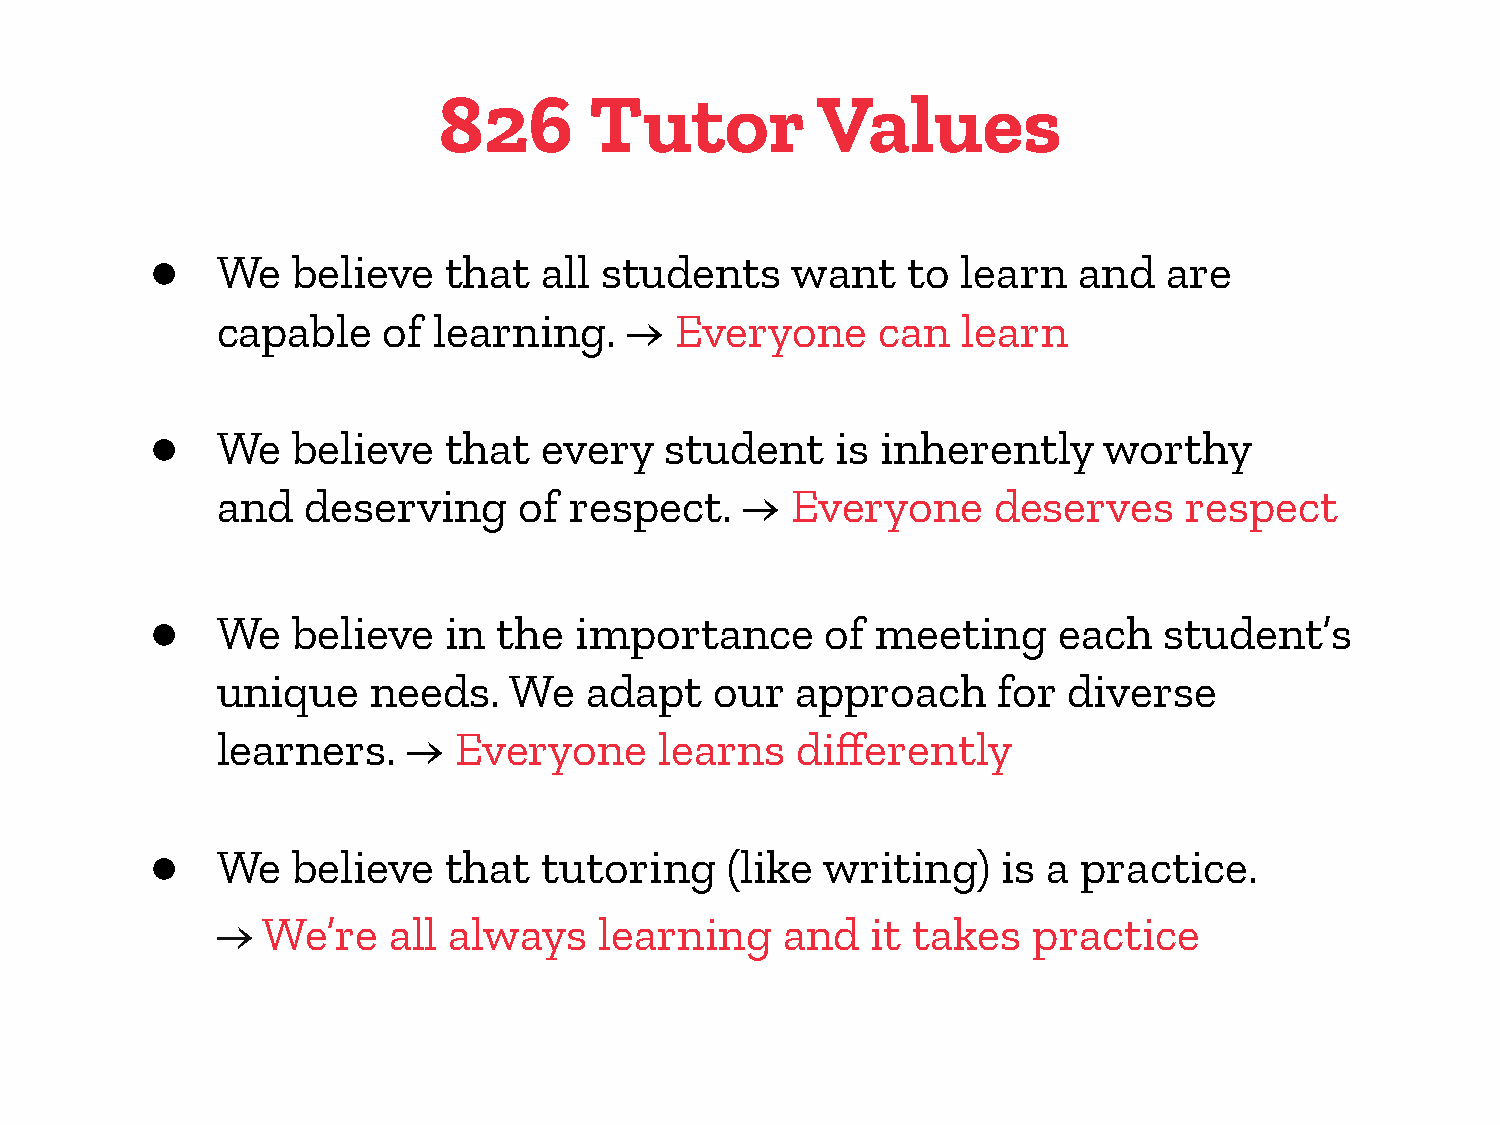
826       Tutor          Values
 ●   We   believe    that  all students    want    to  learn  and   are
 capable    of  learning.    →  Everyone     can   learn
 ●   We   believe    that  every   student    is inherently     worthy
 and   deserving     of  respect.   →  Everyone      deserves    respect
 ●   We   believe    in the  importance       of meeting     each   student’s
 unique     needs.   We   adapt   our   approach     for  diverse
 learners.    →  Everyone      learns   differently
 ●   We   believe    that  tutoring    (like writing)    is a  practice.
 →  We’re    all always    learning    and   it takes  practice